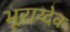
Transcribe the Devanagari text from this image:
भूराय्देव